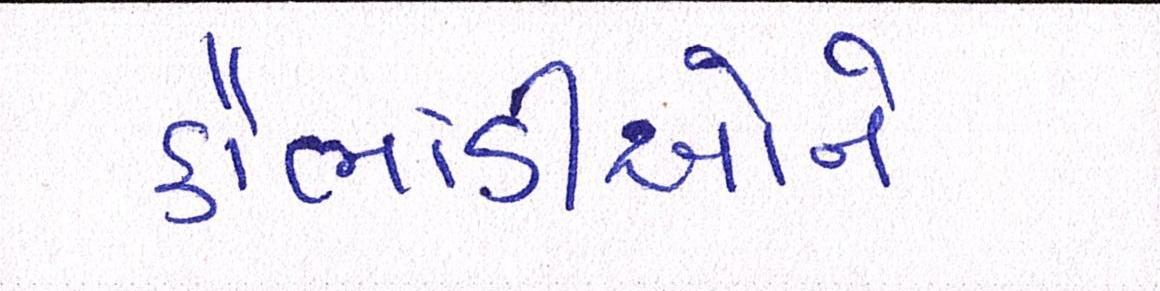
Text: કૌભાંડીઓને